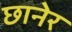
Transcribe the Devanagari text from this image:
छानेर